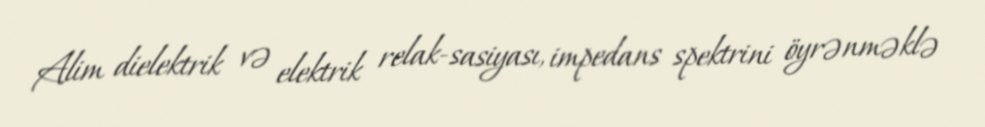
Alim dielektrik və elektrik relak-sasiyası, impedans spektrini öyrənməklə